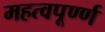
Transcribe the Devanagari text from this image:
महत्वपूर्ण्ण